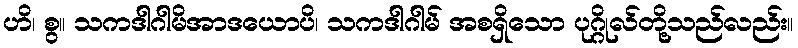
ဟိ၊ စွ။ သကဒါဂါမိအာဒယောပိ၊ သကဒါဂါမ် အစရှိသော ပုဂ္ဂိုလ်တို့သည်လည်း။